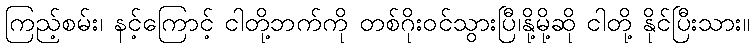
ကြည့်စမ်း၊ နင့်ကြောင့် ငါတို့ဘက်ကို တစ်ဂိုးဝင်သွားပြီ၊နို့မို့ဆို ငါတို့ နိုင်ပြီးသား။